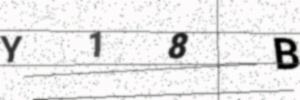
Text: Y18B